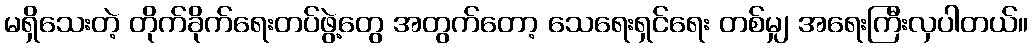
မရှိသေးတဲ့ တိုက်ခိုက်ရေးတပ်ဖွဲ့တွေ အတွက်တော့ သေရေးရှင်ရေး တစ်မျှ အရေးကြီးလှပါတယ်။